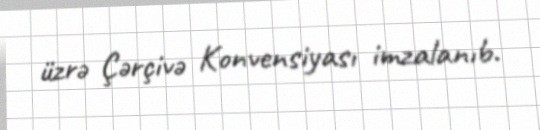
üzrə Çərçivə Konvensiyası imzalanıb.